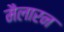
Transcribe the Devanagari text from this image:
मैलारन